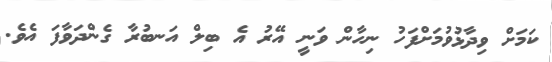
ކަމަށް ވިދާޅުވުމަށްފަހު ނިހާން ވަނީ އޭރު އެ ބިލް އަނބުރާ ގެންދަވާފަ އެވެ.